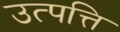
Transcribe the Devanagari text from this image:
उत्‍पत्ति